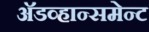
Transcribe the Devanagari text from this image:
अॅडव्हान्समेन्ट